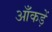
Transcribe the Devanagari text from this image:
आँकड़ें